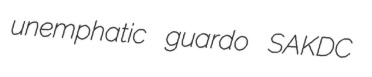
unemphatic guardo SAKDC